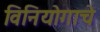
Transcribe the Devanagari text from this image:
विनियोगाचे